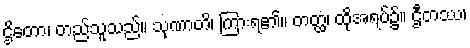
ဌိတော၊ တည်သူသည်။ သုဏာတိ၊ ကြားရ၏။ တတ္ထ၊ ထိုအရပ်၌။ ဌီတဿ၊